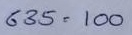
635 = 100